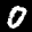
Label: 0